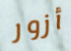
أزور